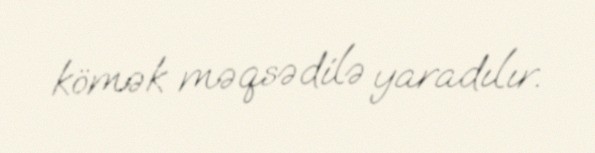
kömək məqsədilə yaradılır.